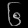
Digit: ၆